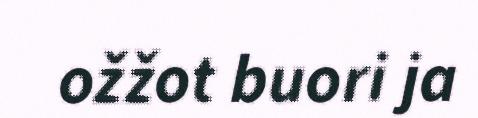
ožžot buori ja